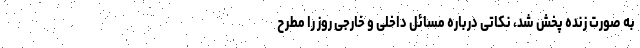
به صورت زنده پخش شد، نکاتی درباره مسائل داخلی و خارجی روز را مطرح